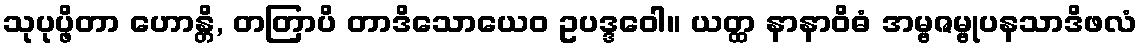
သုပုပ္ဖိတာ ဟောန္တိ, တတြာပိ တာဒိသောယေဝ ဥပဒ္ဒဝေါ။ ယတ္ထ နာနာဝိဓံ အမ္ဗဇမ္ဗုပနသာဒိဖလံ